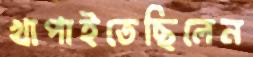
খাপাইতেছিলেন